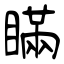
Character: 瞞